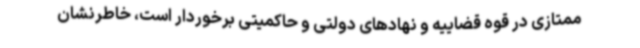
ممتازی در قوه قضاییه و نهادهای دولتی و حاکمیتی برخوردار است، خاطرنشان